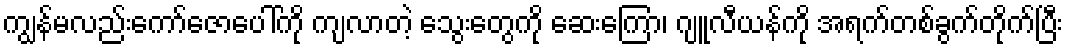
ကျွန်မလည်းကော်ဇောပေါ်ကို ကျလာတဲ့ သွေးတွေကို ဆေးကြော၊ ဂျူလီယန်ကို အရက်တစ်ခွက်တိုက်ပြီး